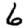
Digit: 6